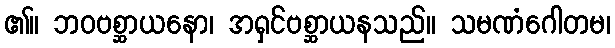
၏။ ဘဝဗစ္ဆာယနော၊ အရှင်ဗစ္ဆာယနသည်။ သမဏံဂေါတမ၊